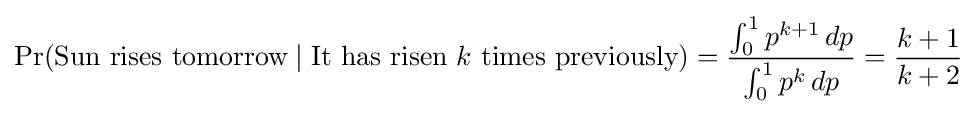
\Pr({\text{Sun rises tomorrow}}\mid {\text{It has risen }}k{\text{ times previously}})={\frac {\int _{0}^{1}p^{k+1}\,dp}{\int _{0}^{1}p^{k}\,dp}}={\frac {k+1}{k+2}}